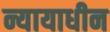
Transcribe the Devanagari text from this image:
न्यायाधीन